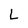
Character: L